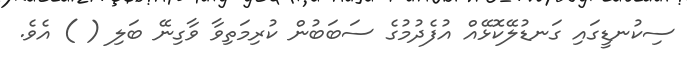
ސިކުނޑީގައި ގަނޑުލޭކޮޅޭއް އުފެދުމުގެ ސަބަބުން ކުރިމަތިވާ ވާގިނޭ ބަލި ( ) އެވެ.